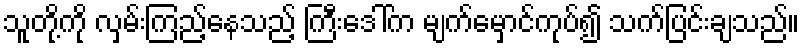
သူတို့ကို လှမ်းကြည့်နေသည့် ကြီးဒေါ်က မျက်မှောင်ကုပ်၍ သက်ပြင်းချသည်။